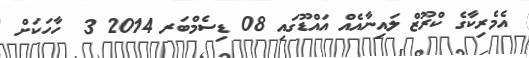
އެމެރިކާގެ ކްރޫޒް ލައިނާއެއް އައްޑޫގައި 08 ޑިސެމްބަރ 2014 3  ހާހަކަށް